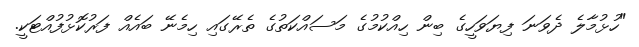
"ހުޅުމާލެ ދެވަނަ ފިޔަވަހީގެ ބިން ހިއްކުމުގެ މަސައްކަތުގެ ތެރޭގައި ހިމެނޭ ބައެއް ފަރުކޮޅުފުއްޓަކީ.